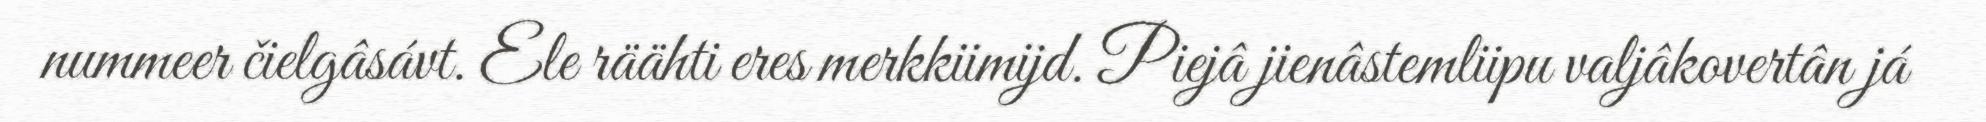
nummeer čielgâsávt. Ele räähti eres merkkiimijd. Piejâ jienâstemliipu valjâkovertân já